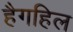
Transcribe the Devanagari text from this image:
हैगहिल